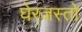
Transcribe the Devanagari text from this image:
घेरजस्तो